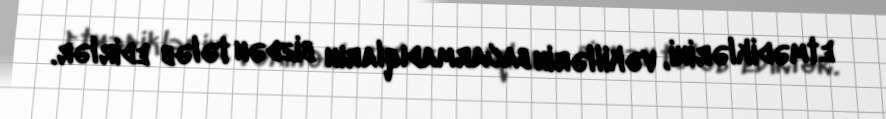
etmədiklərini, vəkillərin bacarmadıqların bizdən tələb edirlər.